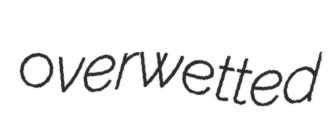
overwetted